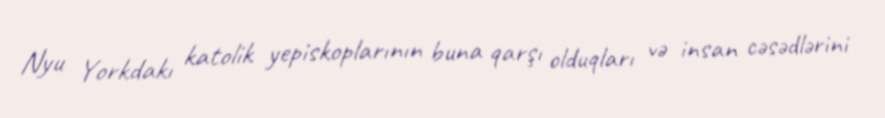
Nyu Yorkdakı katolik yepiskoplarının buna qarşı olduqları və insan cəsədlərini